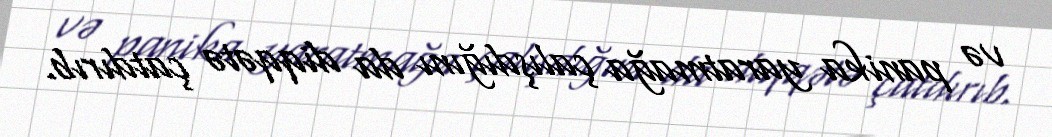
və panika yaratmağa çalışdığını da diqqətə çatdırıb.